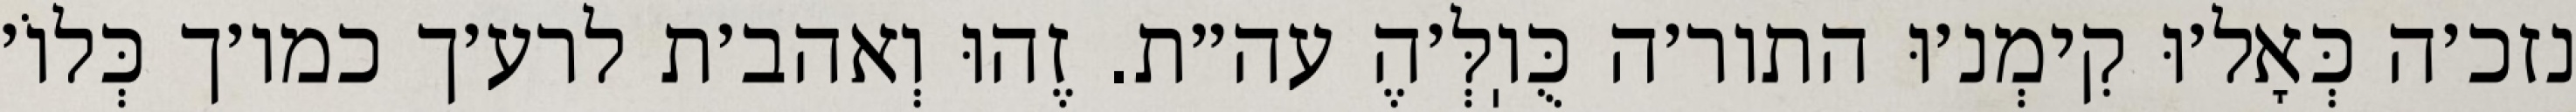
נזכ׳ה כְּאָל׳וּ קִימְנ׳וּ התור׳ה כֻּוֽלְּ׳הֶ עה״ת. זֶהוּ וְאהב׳ת לרע׳ך כמו׳ך כְּלוֹ׳